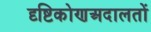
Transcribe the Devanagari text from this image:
दृष्टिकोणअदालतों